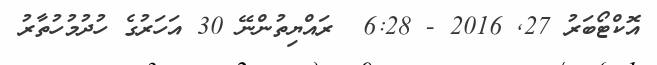
އޮކްޓޯބަރު 27